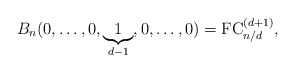
\begin{gather*}B_n(0,\ldots,0,\underbrace{1}_{d-1},0,\ldots,0) = {\rm FC}_{n/d}^{(d+1)},\end{gather*}